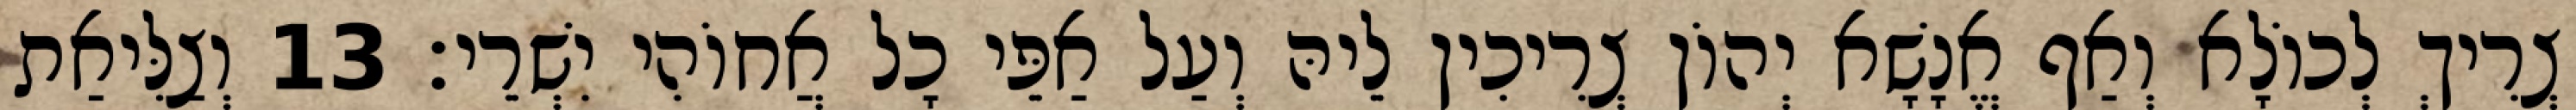
צְרִיךְ לְכוֹלָא וְאַף אֱנָשָׁא יְהוֹן צְרִיכִין לֵיהּ וְעַל אַפֵּי כָל אֲחוֹהִי יִשְׁרֵי׃ 13 וְצַלִּיאַת